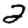
Digit: 2